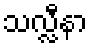
သလ္လီနာ